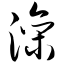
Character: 滦